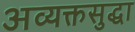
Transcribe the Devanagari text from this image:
अव्यक्तसुद्धा